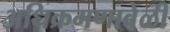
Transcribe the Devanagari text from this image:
अधिक्रमणावेळी